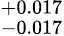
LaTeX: ^{+0.017}_{-0.017}